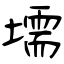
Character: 壖